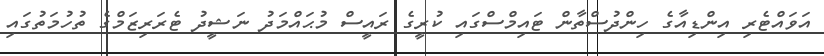
އަވައްޓެރި އިންޑިއާގެ ހިންދުސްތާން ޓައިމްސްގައި ކުރީގެ ރައީސް މުޙައްމަދު ނަޝީދު ޓެރަރިޒަމްގެ ތުހުމަތުގައި